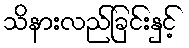
သိနားလည်ခြင်းနှင့်